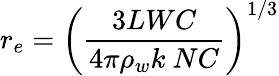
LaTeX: r_{e}=\left(\frac{3LWC}{4\pi\rho_{w}k~NC}\right)^{1/3}